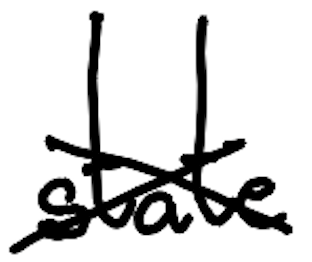
Text: state
Cross-out: cross
Writing tool: digital_black